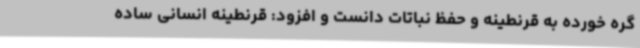
گره خورده به قرنطینه و حفظ نباتات دانست و افزود: قرنطینه انسانی ساده